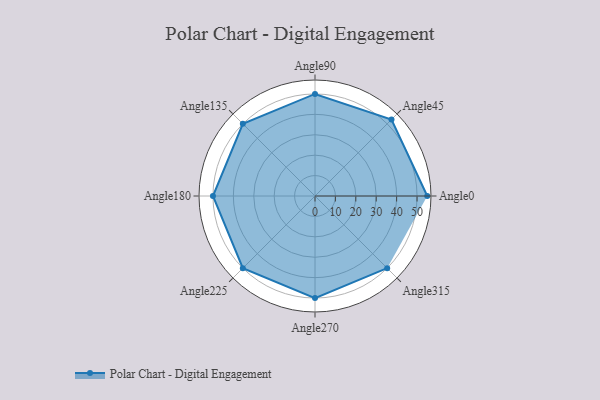
{"axis": {"x": "Angle", "y": "Radius"}, "legend": [""], "data": [{"x": "Angle0", "y": 55.0, "type": ""}, {"x": "Angle45", "y": 53.0, "type": ""}, {"x": "Angle90", "y": 50, "type": ""}, {"x": "Angle135", "y": 50, "type": ""}, {"x": "Angle180", "y": 50, "type": ""}, {"x": "Angle225", "y": 50, "type": ""}, {"x": "Angle270", "y": 50, "type": ""}, {"x": "Angle315", "y": 50, "type": ""}]}